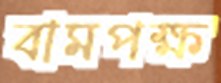
বামপক্ষ